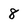
Character: 8